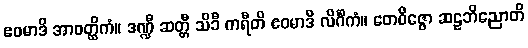
ဧဝမာဒိ အာဝတ္ထိကံ။ ဒဏ္ဍီ ဆတ္တီ သိခီ ကရီတိ ဧဝမာဒိ လိင်္ဂိကံ။ တေဝိဇ္ဇော ဆဠဘိညောတိ